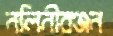
নলিনীরঞ্জন